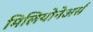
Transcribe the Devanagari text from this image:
मिलियोनेअर्स